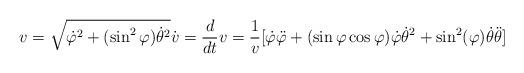
LaTeX: \begin{align*}v=\sqrt{\dot{\varphi}^{2}+(\sin^{2}\varphi)\dot{\theta}^{2}}\dot{v}=\frac{d}{dt}v=\frac{1}{v}[\dot{\varphi}\ddot{\varphi}+(\sin\varphi\cos\varphi)\dot{\varphi}\dot{\theta}^{2}+\sin^{2}(\varphi)\dot{\theta}\ddot{\theta}] \end{align*}